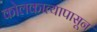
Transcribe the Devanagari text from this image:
कोलकात्यापासून